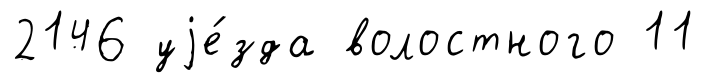
2146 уjе́зда волостного 11